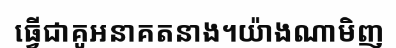
ធ្វើជាគូអនាគតនាង។យ៉ាងណាមិញ